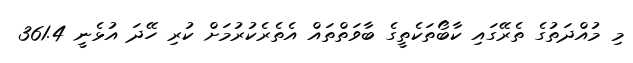
މި މުއްދަތުގެ ތެރޭގައި ކާބޯތަކެތީގެ ބާވަތްތައް އެތެރެކުރުމަށް ކުރި ހޭދަ އުޅެނީ 361.4